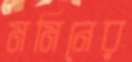
মমিনের